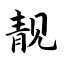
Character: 靓